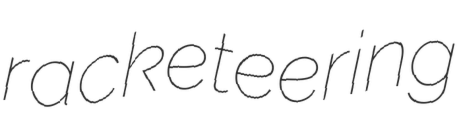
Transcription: racketeering